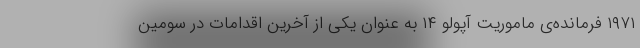
۱۹۷۱ فرمانده‌ی ماموریت آپولو ۱۴ به عنوان یکی از آخرین اقدامات در سومین